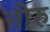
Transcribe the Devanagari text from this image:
नीरु